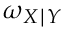
\omega _ { X \mid Y }